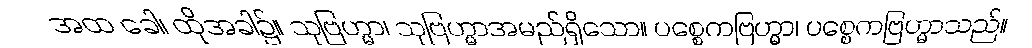
အထ ခေါ၊ ထိုအခါ၌။ သုဗြဟ္မာ၊ သုဗြဟ္မာအမည်ရှိသော။ ပစ္စေကဗြဟ္မာ၊ ပစ္စေကဗြဟ္မာသည်။